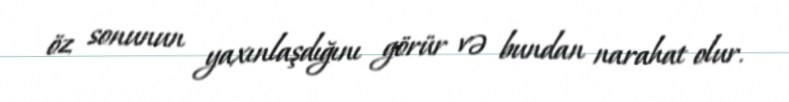
öz sonunun yaxınlaşdığını görür və bundan narahat olur.